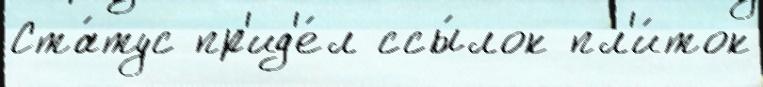
Ста́тус пр'ид'е́л ссы́лок пл'и́ток